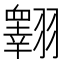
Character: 𦒢